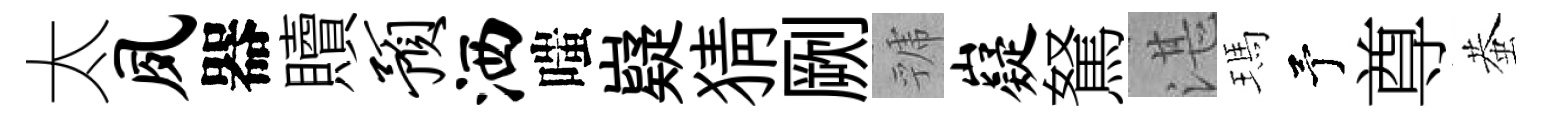
太夙器贖预洒嗤嶷猜劂虢嶷駑湛瑪予尊蛬